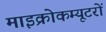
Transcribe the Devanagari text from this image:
माइक्रोकम्यूटरों